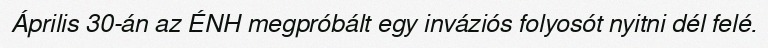
Április 30-án az ÉNH megpróbált egy inváziós folyosót nyitni dél felé.